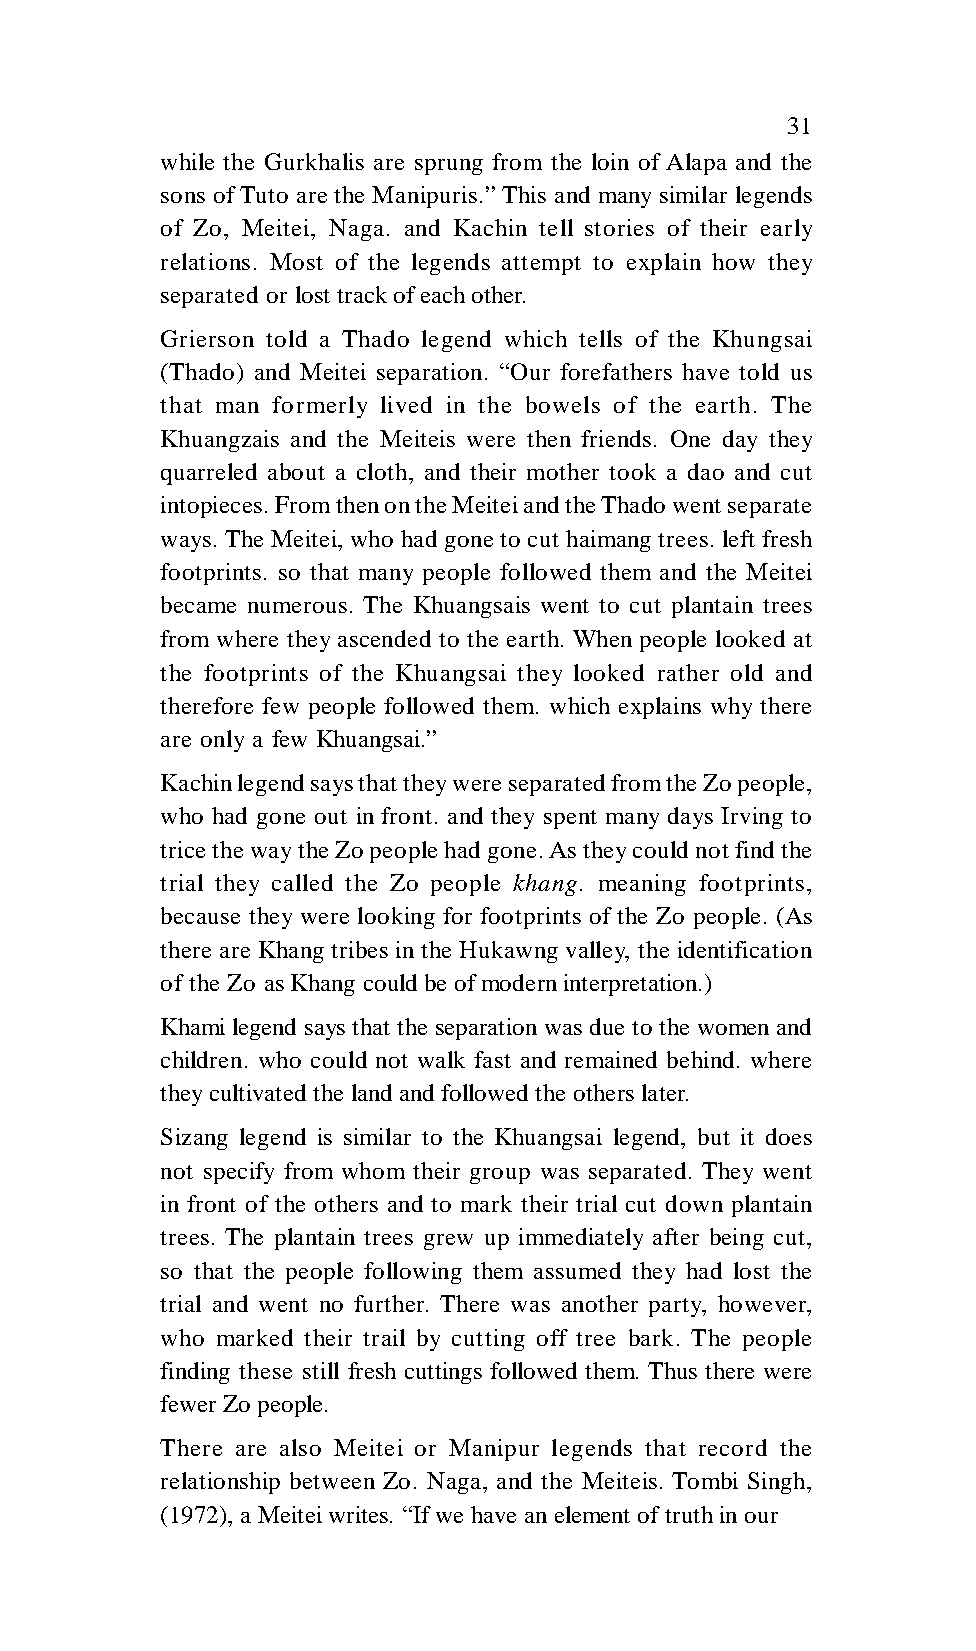
31
 while the Gurkhalis are sprung from the loin of Alapa and the
 sons of Tuto are the Manipuris.” This and many similar legends
 of Zo, Meitei, Naga. and Kachin tell stories of their early
 relations. Most of the legends attempt to explain how they
 separated or lost track of each other.
 Grierson told a Thado legend which tells of the Khungsai
 (Thado) and Meitei separation. “Our forefathers have told us
 that man formerly lived in the bowels of the earth. The
 Khuangzais and the Meiteis were then friends. One day they
 quarreled about a cloth, and their mother took a dao and cut
 intopieces. From then on the Meitei and the Thado went separate
 ways. The Meitei, who had gone to cut haimang trees. left fresh
 footprints. so that many people followed them and the Meitei
 became numerous. The Khuangsais went to cut plantain trees
 from where they ascended to the earth. When people looked at
 the footprints of the Khuangsai they looked rather old and
 therefore few people followed them. which explains why there
 are only a few Khuangsai.”
 Kachin legend says that they were separated from the Zo people,
 who had gone out in front. and they spent many days Irving to
 trice the way the Zo people had gone. As they could not find the
 trial they called the Zo people khang. meaning footprints,
 because they were looking for footprints of the Zo people. (As
 there are Khang tribes in the Hukawng valley, the identification
 of the Zo as Khang could be of modern interpretation.)
 Khami legend says that the separation was due to the women and
 children. who could not walk fast and remained behind. where
 they cultivated the land and followed the others later.
 Sizang legend is similar to the Khuangsai legend, but it does
 not specify from whom their group was separated. They went
 in front of the others and to mark their trial cut down plantain
 trees. The plantain trees grew up immediately after being cut,
 so that the people following them assumed they had lost the
 trial and went no further. There was another party, however,
 who marked their trail by cutting off tree bark. The people
 finding these still fresh cuttings followed them. Thus there were
 fewer Zo people.
 There are also Meitei or Manipur legends that record the
 relationship between Zo. Naga, and the Meiteis. Tombi Singh,
 (1972), a Meitei writes. “If we have an element of truth in our